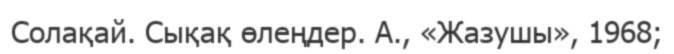
Солақай. Сықақ өлеңдер. А., «Жазушы», 1968;